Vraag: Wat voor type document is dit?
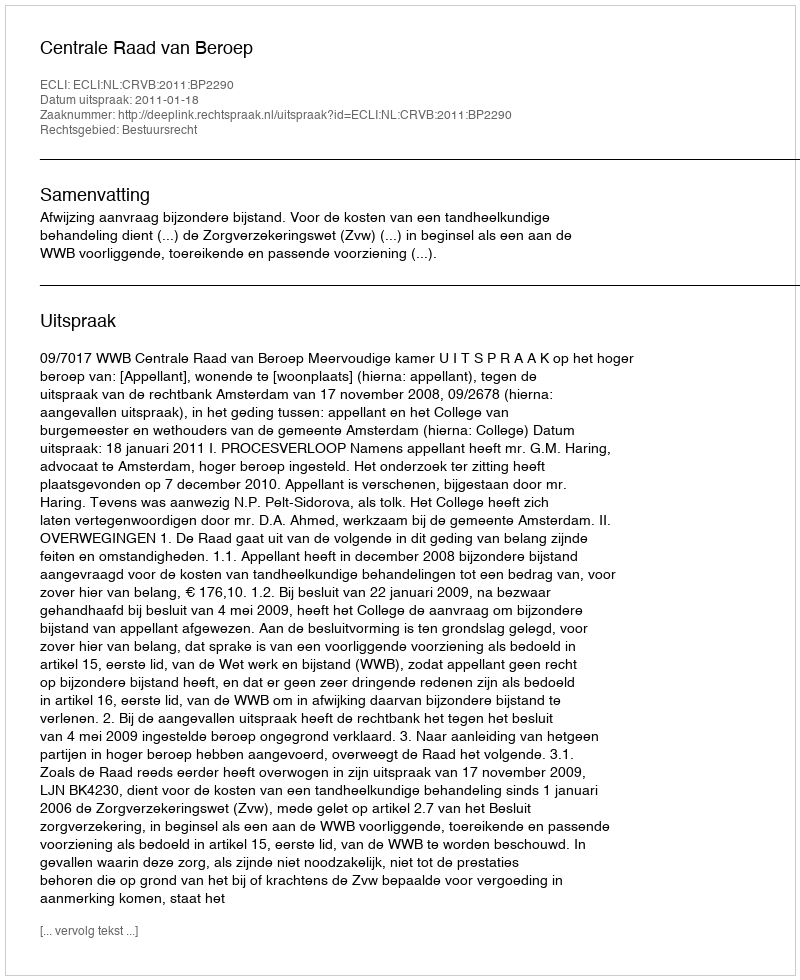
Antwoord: Uitspraak